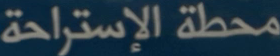
محطة الإستراحة